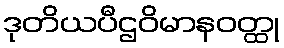
ဒုတိယပီဌဝိမာနဝတ္ထု